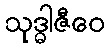
သုဒ္ဓါဇီဝေ